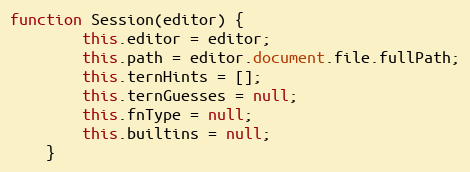
Language: JavaScript
function Session(editor) {
        this.editor = editor;
        this.path = editor.document.file.fullPath;
        this.ternHints = [];
        this.ternGuesses = null;
        this.fnType = null;
        this.builtins = null;
    }